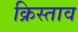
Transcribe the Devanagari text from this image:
क्रिस्ताव